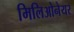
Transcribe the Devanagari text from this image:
मिलिओनेयर